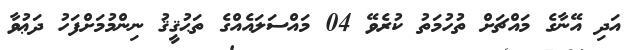
އަދި އޭނާގެ މައްޗަށް ތުހުމަތު ކުރެވޭ 04 މައްސަލައެއްގެ ތަޙުޤީޤު ނިންމުމަށްފަހު ދަޢުވާ